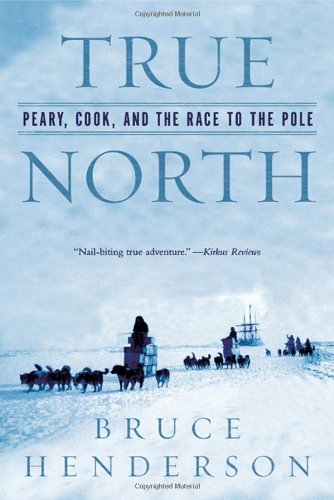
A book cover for True North: Peary, Cook, and the Race to the Pole; Bruce Henderson; History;